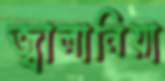
জ্বালানিয়া